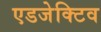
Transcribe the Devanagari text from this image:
एडजेक्टिव